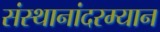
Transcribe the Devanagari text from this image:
संस्थानांदरम्यान